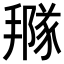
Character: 𢵩